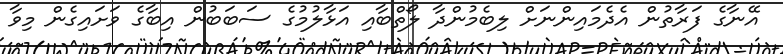
އޭނާގެ ފަރާތުން އެދެމައިންނަށް ލިބެމުންދާ ލޯތްބާއި އަޅާލުމުގެ ސަބަބުން އިބާގެ ވަށައިގެން މިވާ